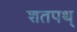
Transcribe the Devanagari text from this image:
शतपथ्